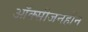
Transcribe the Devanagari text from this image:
ऑक्सीजनहीन